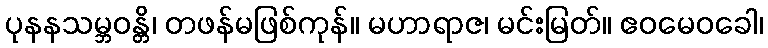
ပုနနသမ္ဘဝန္တိ၊ တဖန်မဖြစ်ကုန်။ မဟာရာဇ၊ မင်းမြတ်။ ဧဝမေဝခေါ၊